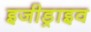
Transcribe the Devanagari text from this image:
इजीड्राइव